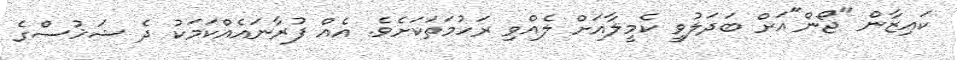
ކައިޒާން "ޖޯން"އަށް ބަދަލުވީ ކެމީލާއަށް ލެއްވި ރަހުމަތަކަށެވެ. އެއް ފުރާނައެއްކަމަކު ދެ ޝަޚުސްގެ